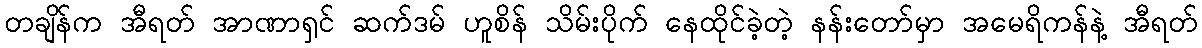
တချိန်က အီရတ် အာဏာရှင် ဆက်ဒမ် ဟူစိန် သိမ်းပိုက် နေထိုင်ခဲ့တဲ့ နန်းတော်မှာ အမေရိကန်နဲ့ အီရတ်